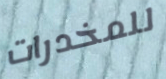
للمخدرات